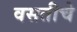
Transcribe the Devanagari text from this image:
वसतीचे